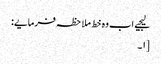
لیجیے اب وہ خط ملاحظہ فرمایے:
[۱۔